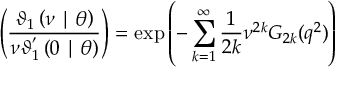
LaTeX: \left( \frac { \mathcal { \vartheta } _ { 1 } \left( \nu \mid \theta \right) } { \nu \mathcal { \vartheta } _ { 1 } ^ { ^ { \prime } } \left( 0 \mid \theta \right) } \right) = \exp \left( - \sum _ { k = 1 } ^ { \infty } \frac { 1 } { 2 k } \nu ^ { 2 k } G _ { 2 k } ( q ^ { 2 } ) \right)